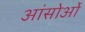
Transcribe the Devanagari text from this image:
आंसोओं